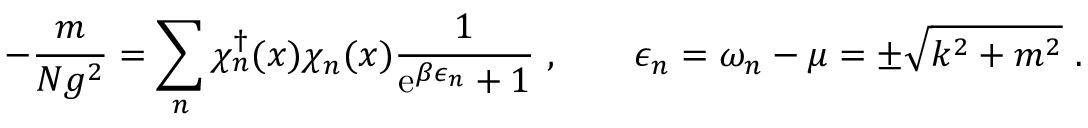
- \frac { m } { N g ^ { 2 } } = \sum _ { n } \chi _ { n } ^ { \dagger } ( x ) \chi _ { n } ( x ) \frac { 1 } { \mathrm { e } ^ { \beta \epsilon _ { n } } + 1 } \ , \qquad \epsilon _ { n } = \omega _ { n } - \mu = \pm \sqrt { k ^ { 2 } + m ^ { 2 } } \ .